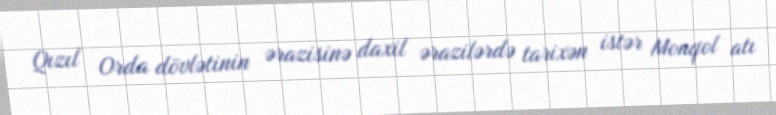
Qızıl Orda dövlətinin ərazisinə daxil ərazilərdə tarixən istər Monqol atı